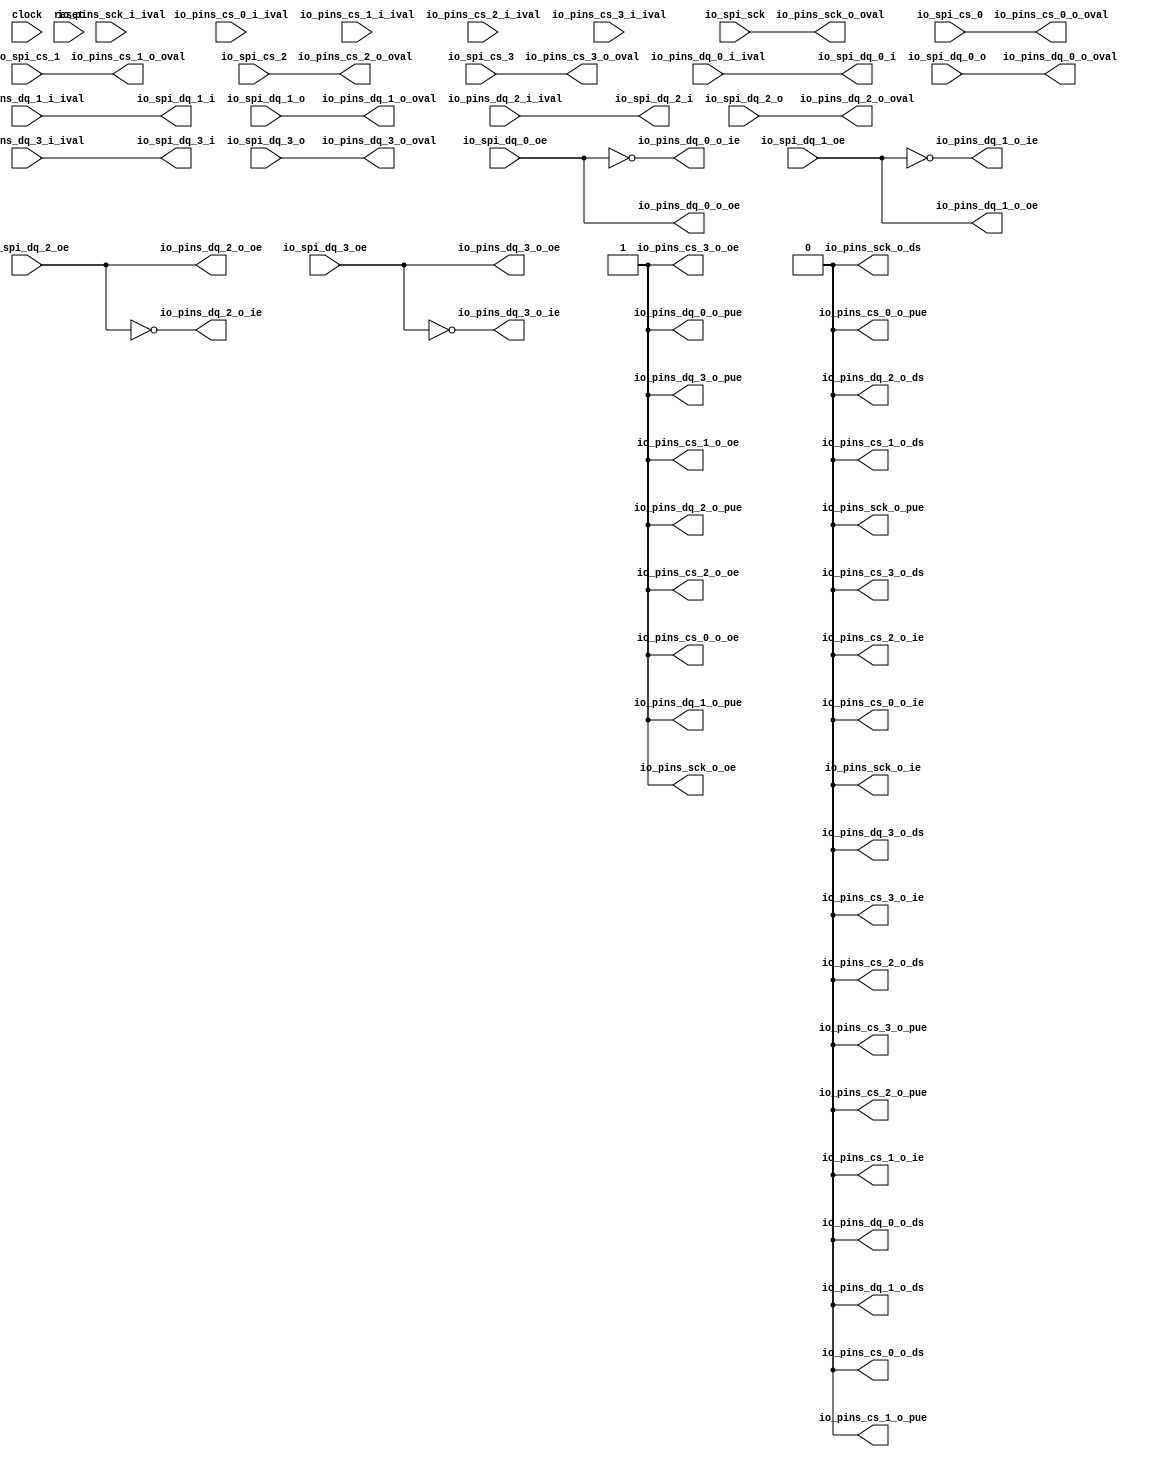
 /*                                                                      
 Copyright 2017 Silicon Integrated Microelectronics, Inc.                
                                                                         
 Licensed under the Apache License, Version 2.0 (the "License");         
 you may not use this file except in compliance with the License.        
 You may obtain a copy of the License at                                 
                                                                         
     http://www.apache.org/licenses/LICENSE-2.0                          
                                                                         
  Unless required by applicable law or agreed to in writing, software    
 distributed under the License is distributed on an "AS IS" BASIS,       
 WITHOUT WARRANTIES OR CONDITIONS OF ANY KIND, either express or implied.
 See the License for the specific language governing permissions and     
 limitations under the License.                                          
 */                                                                      
                                                                         
                                                                         
                                                                         
module sirv_spigpioport(
  input   clock,
  input   reset,
  input   io_spi_sck,
  output  io_spi_dq_0_i,
  input   io_spi_dq_0_o,
  input   io_spi_dq_0_oe,
  output  io_spi_dq_1_i,
  input   io_spi_dq_1_o,
  input   io_spi_dq_1_oe,
  output  io_spi_dq_2_i,
  input   io_spi_dq_2_o,
  input   io_spi_dq_2_oe,
  output  io_spi_dq_3_i,
  input   io_spi_dq_3_o,
  input   io_spi_dq_3_oe,
  input   io_spi_cs_0,
  input   io_spi_cs_1,
  input   io_spi_cs_2,
  input   io_spi_cs_3,
  input   io_pins_sck_i_ival,
  output  io_pins_sck_o_oval,
  output  io_pins_sck_o_oe,
  output  io_pins_sck_o_ie,
  output  io_pins_sck_o_pue,
  output  io_pins_sck_o_ds,
  input   io_pins_dq_0_i_ival,
  output  io_pins_dq_0_o_oval,
  output  io_pins_dq_0_o_oe,
  output  io_pins_dq_0_o_ie,
  output  io_pins_dq_0_o_pue,
  output  io_pins_dq_0_o_ds,
  input   io_pins_dq_1_i_ival,
  output  io_pins_dq_1_o_oval,
  output  io_pins_dq_1_o_oe,
  output  io_pins_dq_1_o_ie,
  output  io_pins_dq_1_o_pue,
  output  io_pins_dq_1_o_ds,
  input   io_pins_dq_2_i_ival,
  output  io_pins_dq_2_o_oval,
  output  io_pins_dq_2_o_oe,
  output  io_pins_dq_2_o_ie,
  output  io_pins_dq_2_o_pue,
  output  io_pins_dq_2_o_ds,
  input   io_pins_dq_3_i_ival,
  output  io_pins_dq_3_o_oval,
  output  io_pins_dq_3_o_oe,
  output  io_pins_dq_3_o_ie,
  output  io_pins_dq_3_o_pue,
  output  io_pins_dq_3_o_ds,
  input   io_pins_cs_0_i_ival,
  output  io_pins_cs_0_o_oval,
  output  io_pins_cs_0_o_oe,
  output  io_pins_cs_0_o_ie,
  output  io_pins_cs_0_o_pue,
  output  io_pins_cs_0_o_ds,
  input   io_pins_cs_1_i_ival,
  output  io_pins_cs_1_o_oval,
  output  io_pins_cs_1_o_oe,
  output  io_pins_cs_1_o_ie,
  output  io_pins_cs_1_o_pue,
  output  io_pins_cs_1_o_ds,
  input   io_pins_cs_2_i_ival,
  output  io_pins_cs_2_o_oval,
  output  io_pins_cs_2_o_oe,
  output  io_pins_cs_2_o_ie,
  output  io_pins_cs_2_o_pue,
  output  io_pins_cs_2_o_ds,
  input   io_pins_cs_3_i_ival,
  output  io_pins_cs_3_o_oval,
  output  io_pins_cs_3_o_oe,
  output  io_pins_cs_3_o_ie,
  output  io_pins_cs_3_o_pue,
  output  io_pins_cs_3_o_ds
);
  wire  T_312;
  wire  T_315;
  wire  T_318;
  wire  T_321;
  wire [1:0] T_324;
  wire [1:0] T_325;
  wire [3:0] T_326;
  wire  T_330;
  wire  T_331;
  wire  T_332;
  wire  T_333;
  assign io_spi_dq_0_i = io_pins_dq_0_i_ival;
  assign io_spi_dq_1_i = io_pins_dq_1_i_ival;
  assign io_spi_dq_2_i = io_pins_dq_2_i_ival;
  assign io_spi_dq_3_i = io_pins_dq_3_i_ival;
  assign io_pins_sck_o_oval = io_spi_sck;
  assign io_pins_sck_o_oe = 1'h1;
  assign io_pins_sck_o_ie = 1'h0;
  assign io_pins_sck_o_pue = 1'h0;
  assign io_pins_sck_o_ds = 1'h0;
  assign io_pins_dq_0_o_oval = io_spi_dq_0_o;
  assign io_pins_dq_0_o_oe = io_spi_dq_0_oe;
  assign io_pins_dq_0_o_ie = T_312;
  assign io_pins_dq_0_o_pue = 1'h1;
  assign io_pins_dq_0_o_ds = 1'h0;
  assign io_pins_dq_1_o_oval = io_spi_dq_1_o;
  assign io_pins_dq_1_o_oe = io_spi_dq_1_oe;
  assign io_pins_dq_1_o_ie = T_315;
  assign io_pins_dq_1_o_pue = 1'h1;
  assign io_pins_dq_1_o_ds = 1'h0;
  assign io_pins_dq_2_o_oval = io_spi_dq_2_o;
  assign io_pins_dq_2_o_oe = io_spi_dq_2_oe;
  assign io_pins_dq_2_o_ie = T_318;
  assign io_pins_dq_2_o_pue = 1'h1;
  assign io_pins_dq_2_o_ds = 1'h0;
  assign io_pins_dq_3_o_oval = io_spi_dq_3_o;
  assign io_pins_dq_3_o_oe = io_spi_dq_3_oe;
  assign io_pins_dq_3_o_ie = T_321;
  assign io_pins_dq_3_o_pue = 1'h1;
  assign io_pins_dq_3_o_ds = 1'h0;
  assign io_pins_cs_0_o_oval = T_330;
  assign io_pins_cs_0_o_oe = 1'h1;
  assign io_pins_cs_0_o_ie = 1'h0;
  assign io_pins_cs_0_o_pue = 1'h0;
  assign io_pins_cs_0_o_ds = 1'h0;
  assign io_pins_cs_1_o_oval = T_331;
  assign io_pins_cs_1_o_oe = 1'h1;
  assign io_pins_cs_1_o_ie = 1'h0;
  assign io_pins_cs_1_o_pue = 1'h0;
  assign io_pins_cs_1_o_ds = 1'h0;
  assign io_pins_cs_2_o_oval = T_332;
  assign io_pins_cs_2_o_oe = 1'h1;
  assign io_pins_cs_2_o_ie = 1'h0;
  assign io_pins_cs_2_o_pue = 1'h0;
  assign io_pins_cs_2_o_ds = 1'h0;
  assign io_pins_cs_3_o_oval = T_333;
  assign io_pins_cs_3_o_oe = 1'h1;
  assign io_pins_cs_3_o_ie = 1'h0;
  assign io_pins_cs_3_o_pue = 1'h0;
  assign io_pins_cs_3_o_ds = 1'h0;
  assign T_312 = ~ io_spi_dq_0_oe;
  assign T_315 = ~ io_spi_dq_1_oe;
  assign T_318 = ~ io_spi_dq_2_oe;
  assign T_321 = ~ io_spi_dq_3_oe;
  assign T_324 = {io_spi_cs_1,io_spi_cs_0};
  assign T_325 = {io_spi_cs_3,io_spi_cs_2};
  assign T_326 = {T_325,T_324};
  assign T_330 = T_326[0];
  assign T_331 = T_326[1];
  assign T_332 = T_326[2];
  assign T_333 = T_326[3];
endmodule